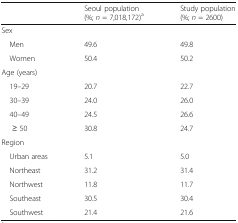
<table><thead><tr><td></td><td><b>Seoul population (%; <i>n</i> = 7,018,172)<sup>a</sup></b></td><td><b>Study population (%; <i>n</i> = 2600)</b></td></tr></thead><tbody><tr><td colspan="3">Sex</td></tr><tr><td> Men</td><td>49.6</td><td>49.8</td></tr><tr><td> Women</td><td>50.4</td><td>50.2</td></tr><tr><td colspan="3">Age (years)</td></tr><tr><td> 19–29</td><td>20.7</td><td>22.7</td></tr><tr><td> 30–39</td><td>24.0</td><td>26.0</td></tr><tr><td> 40–49</td><td>24.5</td><td>26.6</td></tr><tr><td>≥ 50</td><td>30.8</td><td>24.7</td></tr><tr><td colspan="3">Region</td></tr><tr><td> Urban areas</td><td>5.1</td><td>5.0</td></tr><tr><td> Northeast</td><td>31.2</td><td>31.4</td></tr><tr><td> Northwest</td><td>11.8</td><td>11.7</td></tr><tr><td> Southeast</td><td>30.5</td><td>30.4</td></tr><tr><td> Southwest</td><td>21.4</td><td>21.6</td></tr></tbody></table>